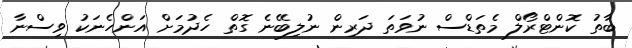
ބާތު ކޮންޓްރޯލް މެތަޑްސް ނުވަތަ ދަރިން ނުލިބޭނެ ގޮތް ހެދުމަށް އަންހެނަކު ވިސްނާ